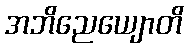
အဘိညေယျောတိ